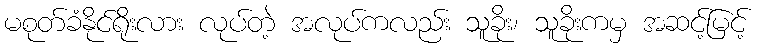
မစုတ်ခံနိုင်ရိုးလား လုပ်တဲ့ အလုပ်ကလည်း သူခိုး၊ သူခိုးကမှ အဆင့်မြင့်